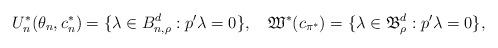
LaTeX: \begin{align*}U^*_{n}(\theta_{n},c^{*}_{n})=\{\lambda \in B^d_{n,\rho}:p^\prime\lambda =0\},~~~\mathfrak{W}^*(c_{\pi^*})=\{\lambda \in \mathfrak B^d_\rho:p^\prime\lambda =0\},\end{align*}